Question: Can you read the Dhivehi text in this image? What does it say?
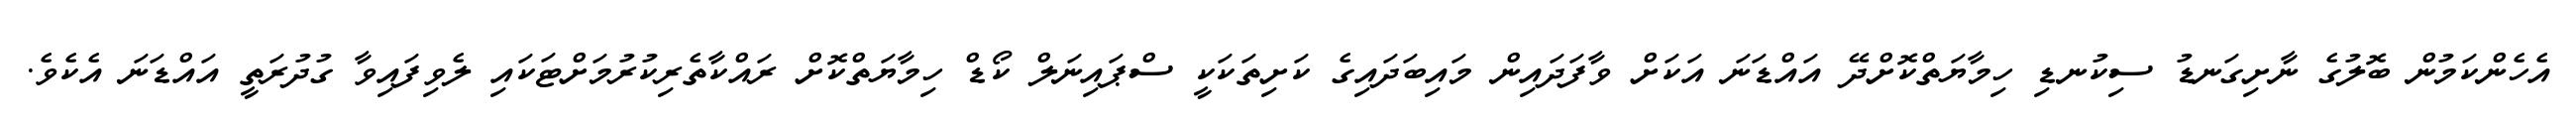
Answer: އެހެންކަމުން ބޮލުގެ ނާށިގަނޑު ސިކުނޑި ހިމާޔަތްކޮށްދޭ އައްޑަނަ އަކަށް ވާފަދައިން މައިބަދައިގެ ކަށިތަކަކީ ސްޕައިނަލް ކޯޑް ހިމާޔަތްކޮށް ރައްކާތެރިކުރުމަށްޓަކައި ލެވިފައިވާ ގުދުރަތީ އައްޑަނަ އެކެވެ.